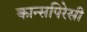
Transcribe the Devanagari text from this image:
कान्सपिरेसी